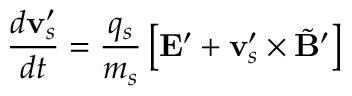
\frac { d \mathbf v _ { s } ^ { \prime } } { d t } = \frac { q _ { s } } { m _ { s } } \left[ \mathbf E ^ { \prime } + \mathbf v _ { s } ^ { \prime } \times \tilde { \mathbf B } ^ { \prime } \right]